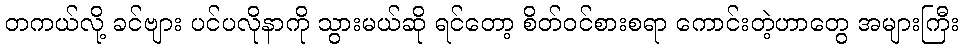
တကယ်လို့ ခင်ဗျား ပင်ပလိုနာကို သွားမယ်ဆို ရင်တော့ စိတ်ဝင်စားစရာ ကောင်းတဲ့ဟာတွေ အများကြီး